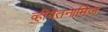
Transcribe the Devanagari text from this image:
व्हीयेतनामिज